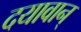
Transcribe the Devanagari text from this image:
दयावान्